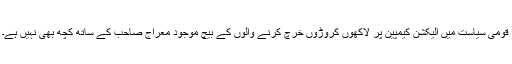
قومی سیاست میں الیکشن کیمپین پر لاکھوں کروڑوں خرچ کرنے والوں کے بیچ موجود معراج صاحب کے ساتھ کچھ بھی نہیں ہے۔